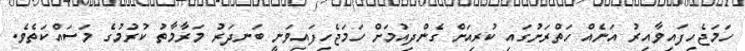
ހަމަޖެހިފައިވާއިރު އަނެއް ހަތްރަށުގައި ކުރިއަށް ގެންދިއުމަށް ހަމަޖެހިފައިވަނީ ބަނދަރު މަރާމާތު ކުރުމުގެ މަސައްކަތެވެ.